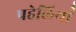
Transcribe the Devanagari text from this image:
पहेलियॉंँ